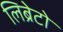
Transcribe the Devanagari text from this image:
लिब्रेटो